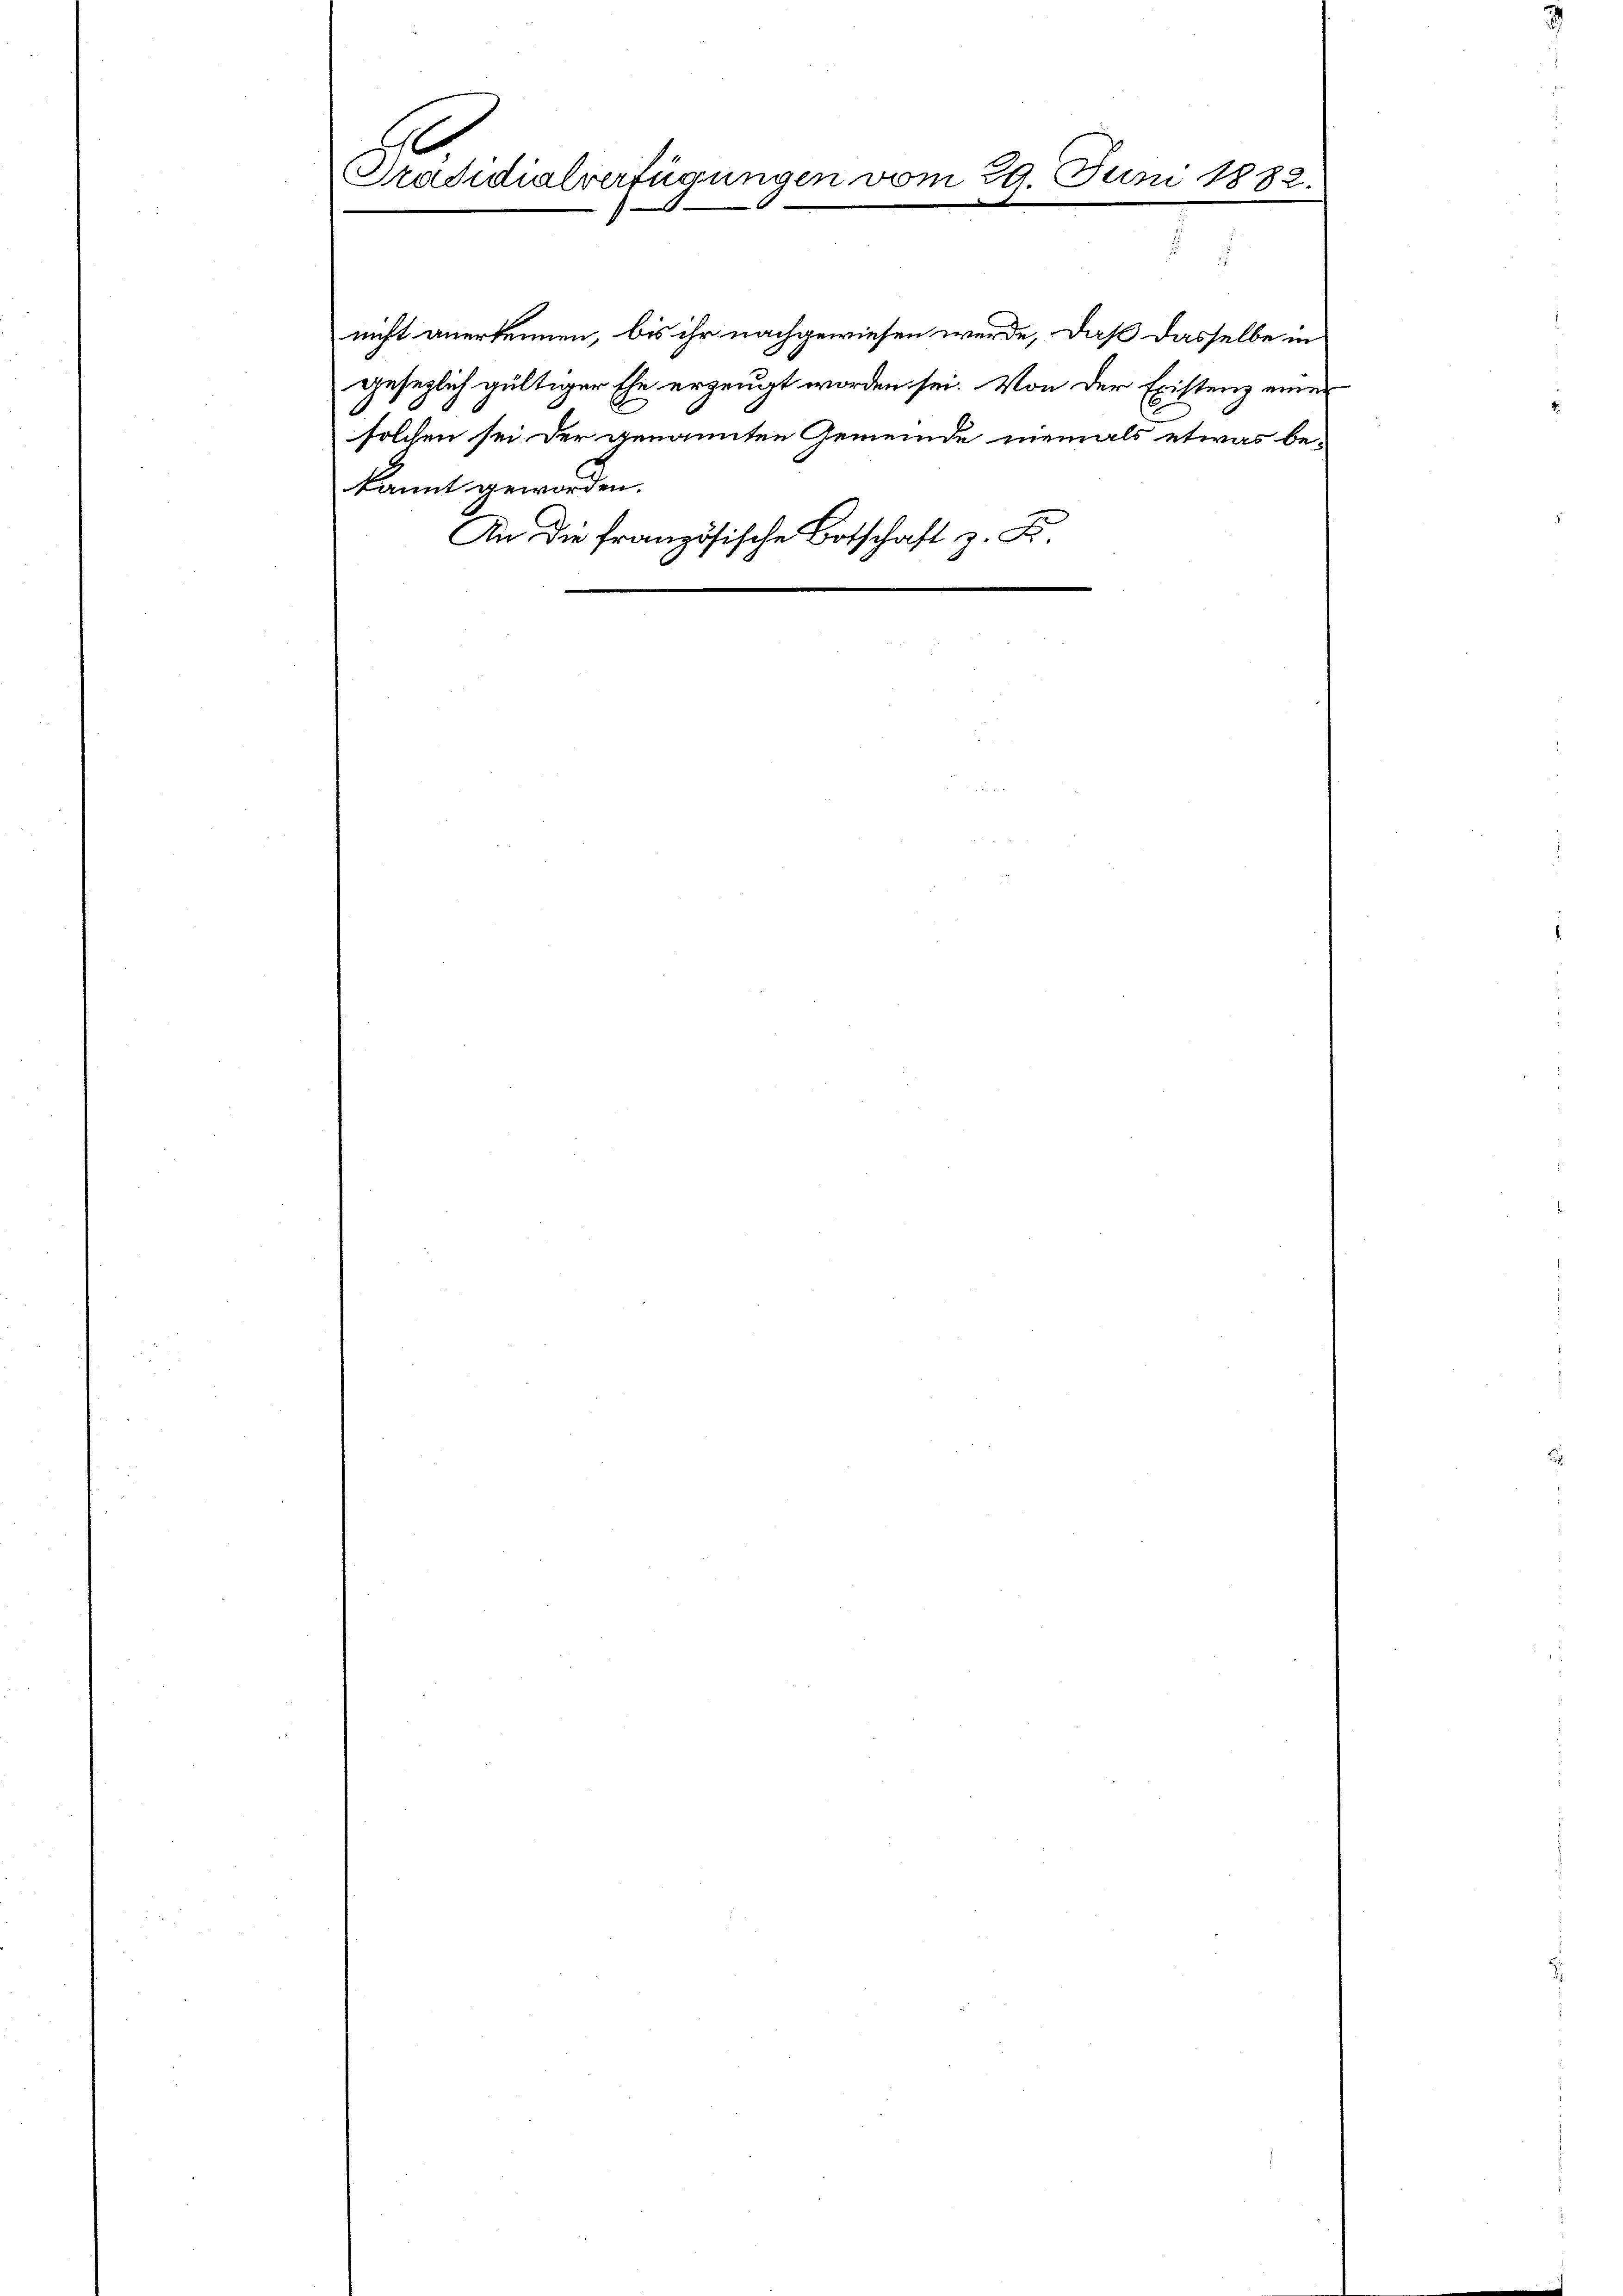
Präsidialverfügungen vom 29. Juni 1882.

nicht anerkennen, bis ihr nachgewiesen werde, daß dasselbe in
gesezlich gültiger Ehe erzeugt worden sei. Von der Existenz einer
solchen sei der genannten Gemeinde niemals etwas be-
kannt geworden.
An die französische Botschaft z. B.